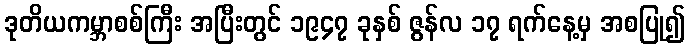
ဒုတိယကမ္ဘာစစ်ကြီး အပြီးတွင် ၁၉၄၇ ခုနှစ် ဇွန်လ ၁၇ ရက်နေ့မှ အစပြု၍